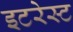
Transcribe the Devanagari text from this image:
इटरेस्‍ट